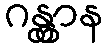
ဂန္တွာန